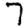
Digit: 7